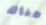
هناك